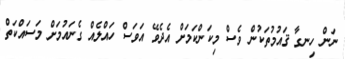
ނަން ހިނގާ ޤައުމުތަކުން ވެސް މިކަންކަމަށް އެދެވޭ އަވަސް ހައްލެއް ގެނައުމަށް މަސައްކަތް